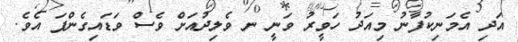
އަދި އެމަނިކުފާނު މިއަދު ހަވީރު ވަނީ ނ ވެލިދުއަށް ވެސް ވަޑައިގެންފަ އެވެ.